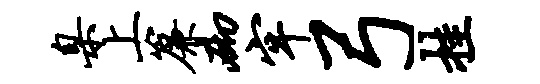
臬上帘砌牢弓挂